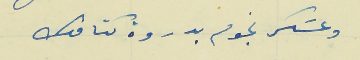
وعسَكر نجوم بدروة كتافك